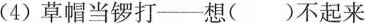
(4)草帽当锣打—想()不起来